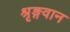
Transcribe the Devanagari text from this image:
श्रृङ्गवान